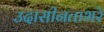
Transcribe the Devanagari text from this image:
उदासीनताभरे